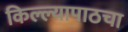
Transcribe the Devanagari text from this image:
किल्ल्यापाठचा